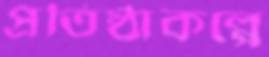
প্রতিষ্ঠাকল্পে